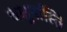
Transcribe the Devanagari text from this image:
चक्षुर्नास्ति